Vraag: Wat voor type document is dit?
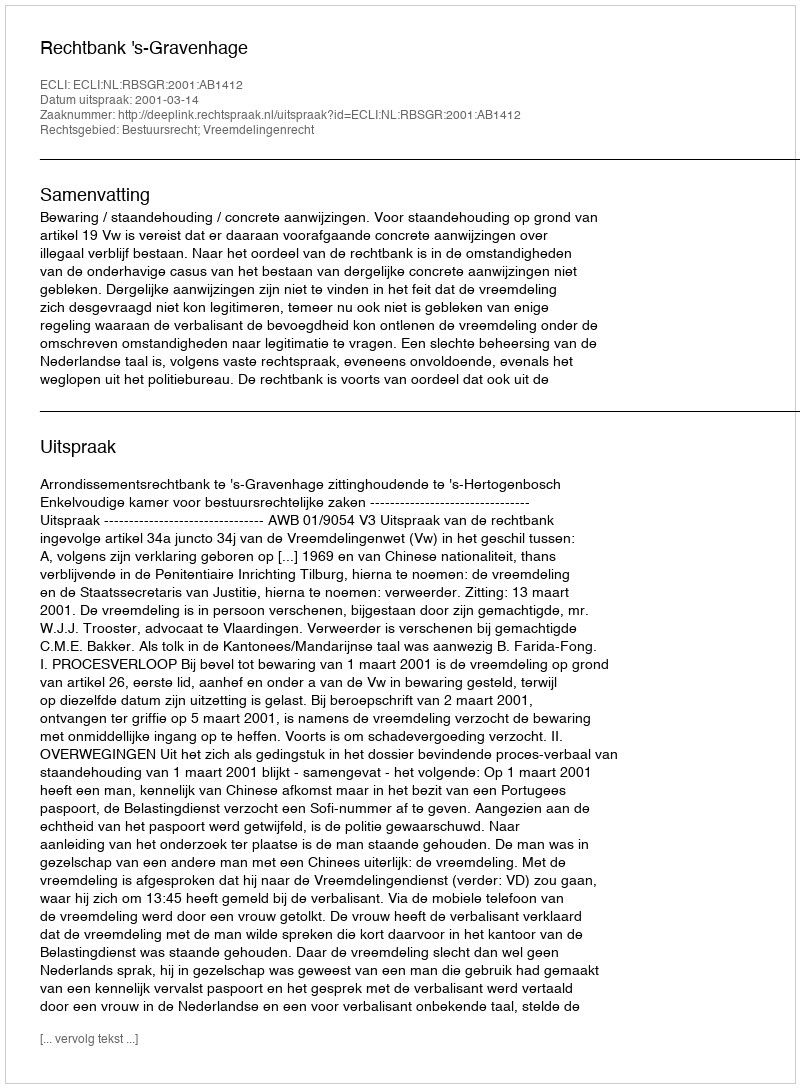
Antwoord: Uitspraak